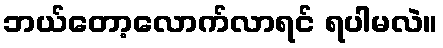
ဘယ်တော့လောက်လာရင် ရပါမလဲ။